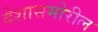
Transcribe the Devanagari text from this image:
देशासमोरील